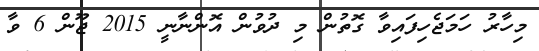
މިހާރު ހަމަޖެހިފައިވާ ގޮތުން މި ދުވުން އޮންނާނީ 2015 ޖޫން 6 ވާ